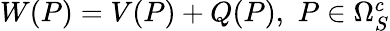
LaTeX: \begin{array}{r}{W(P)=V(P)+Q(P),\, \, P\in\Omega_{S}^{c}}\end{array}